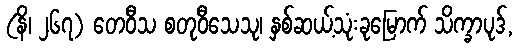
(နိ၊ ၂၆၇) တေဝီသ စတုဝီသေသု၊ နှစ်ဆယ့်သုံးခုမြောက် သိက္ခာပုဒ်,